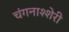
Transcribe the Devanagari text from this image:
चंगनाश्शेरी